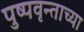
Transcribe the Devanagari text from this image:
पुष्पवृन्ताच्या